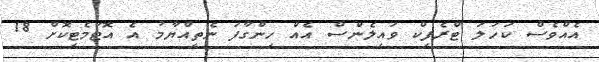
އެއްވެސް ކަހަލަ ޓްރެފިކް ވައިލެންސް އެއް ހިންގާފަ ނެތިއްޔާމު އެ އޮޓަމެޓިކޮށް 18